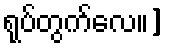
ရုပ်တွက်လေ။]